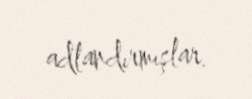
adlandırmışlar.